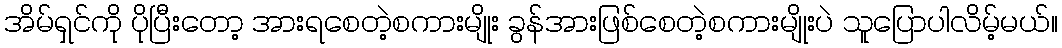
အိမ်ရှင်ကို ပိုပြီးတော့ အားရစေတဲ့စကားမျိုး ခွန်အားဖြစ်စေတဲ့စကားမျိုးပဲ သူပြောပါလိမ့်မယ်။